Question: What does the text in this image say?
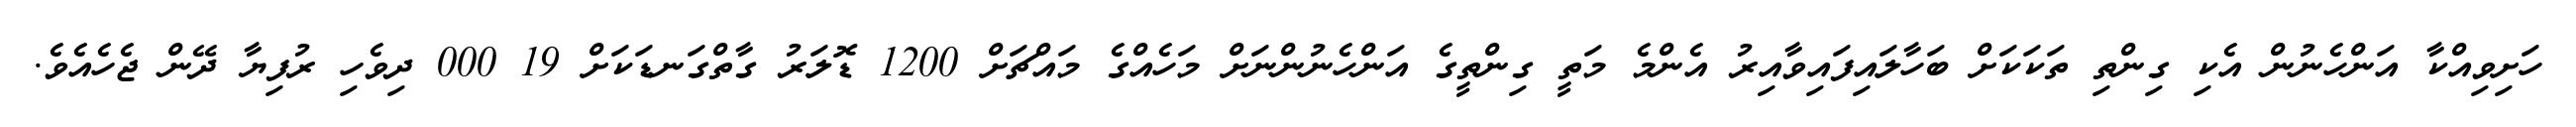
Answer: ހަށިވިއްކާ އަންހެނުން އެކި ގިންތި ތަކަކަށް ބަހާލައިފައިވާއިރު އެންމެ މަތީ ގިންތީގެ އަންހެނުންނަށް މަހެއްގެ މައްޗަށް 1200 ޑޮލަރު ގާތްގަނޑަކަށް 19 000 ދިވެހި ރުފިޔާ ދޭން ޖެހެއެވެ.